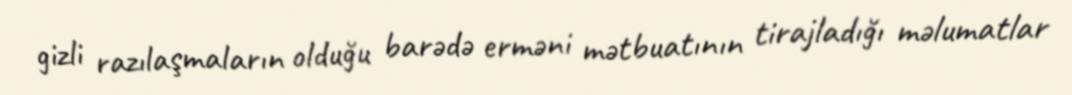
gizli razılaşmaların olduğu barədə erməni mətbuatının tirajladığı məlumatlar